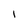
Character: 1